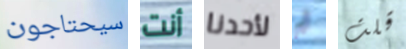
سيحتاجون أنت لأحدنا ثم قلت